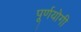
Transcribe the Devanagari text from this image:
पूर्णयोगी